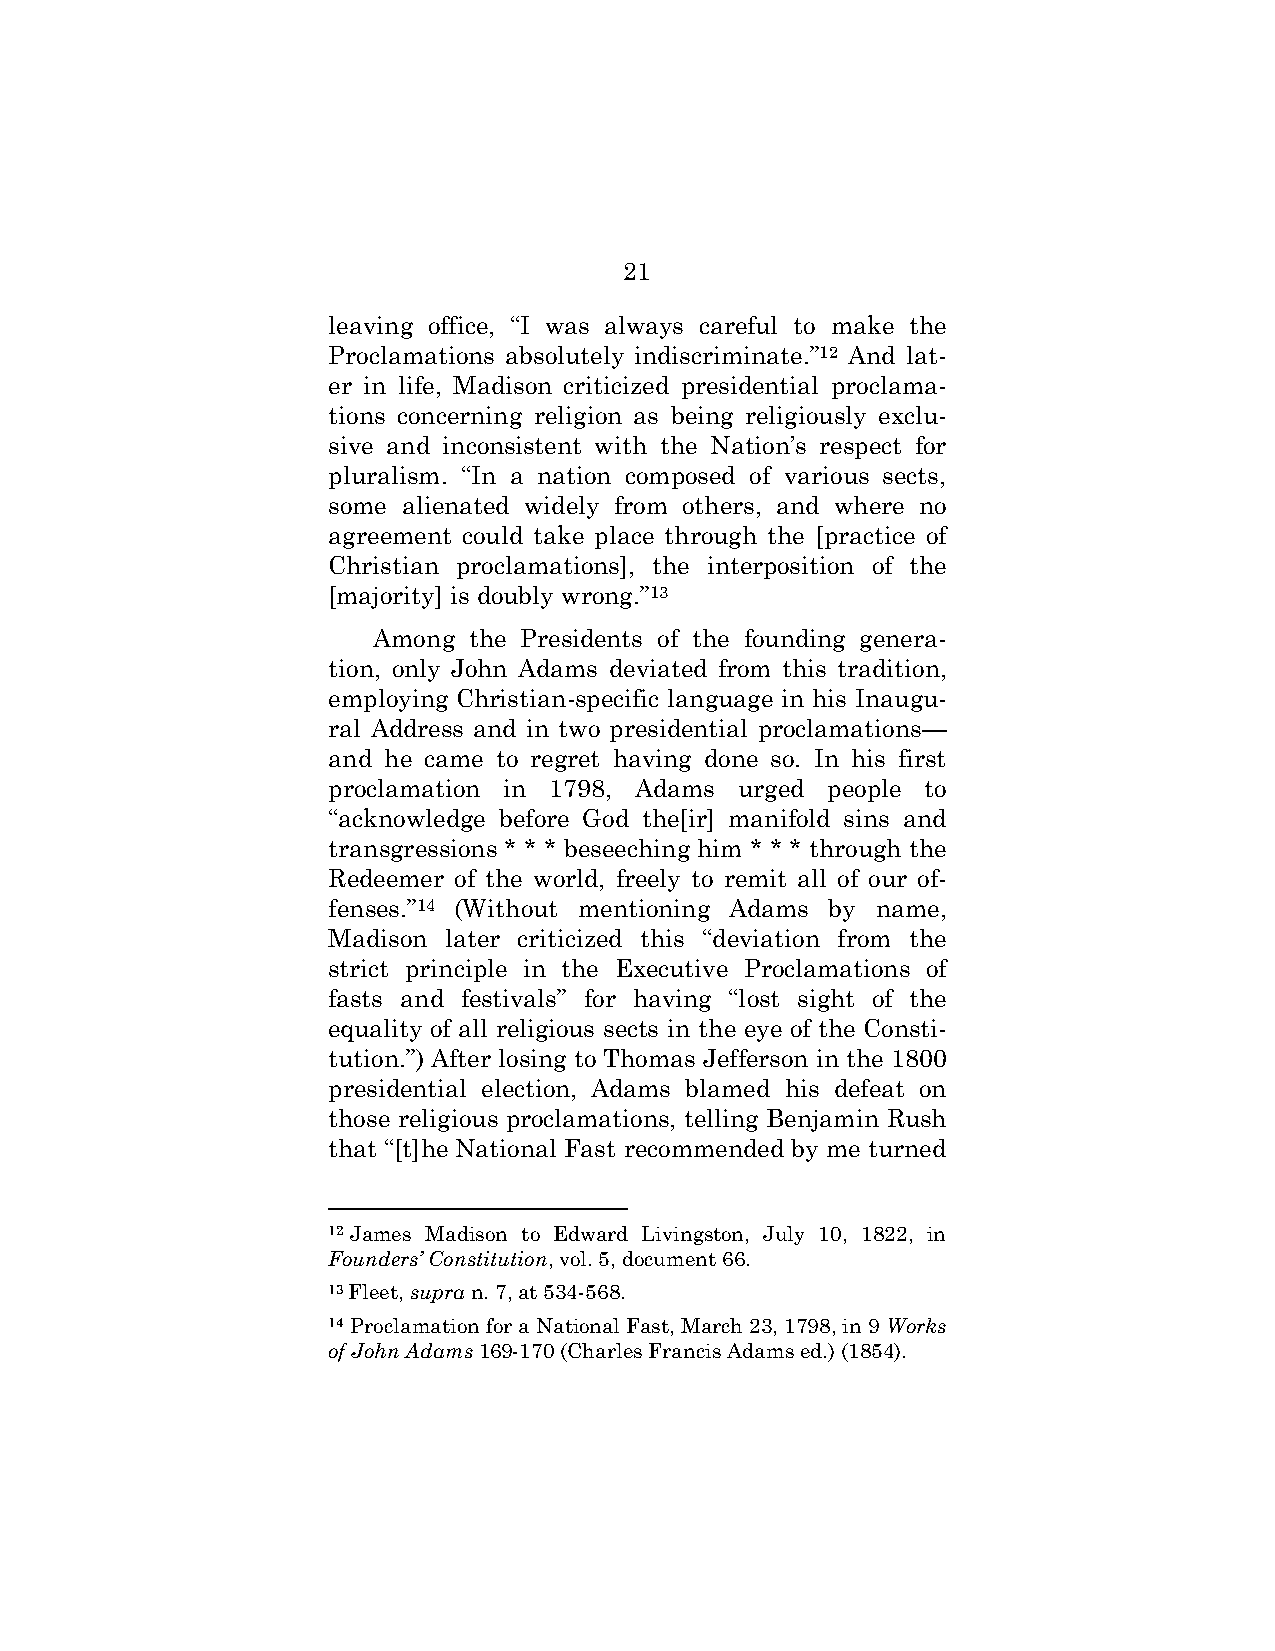
21
 leaving office, “I was always careful to make the
 Proclamations absolutely indiscriminate.”12 And lat-
 er in life, Madison criticized presidential proclama-
 tions concerning religion as being religiously exclu-
 sive and inconsistent with the Nation’s respect for
 pluralism. “In a nation composed of various sects,
 some alienated widely from others, and where no
 agreement could take place through the [practice of
 Christian proclamations], the interposition of the
 [majority] is doubly wrong.”13
 Among the Presidents of the founding genera-
 tion, only John Adams deviated from this tradition,
 employing Christian-specific language in his Inaugu-
 ral Address and in two presidential proclamations—
 and he came to regret having done so. In his first
 proclamation in 1798, Adams urged people to
 “acknowledge before God the[ir] manifold sins and
 transgressions * * * beseeching him * * * through the
 Redeemer of the world, freely to remit all of our of-
 fenses.”14 (Without mentioning Adams by name,
 Madison later criticized this “deviation from the
 strict principle in the Executive Proclamations of
 fasts and festivals” for having “lost sight of the
 equality of all religious sects in the eye of the Consti-
 tution.”) After losing to Thomas Jefferson in the 1800
 presidential election, Adams blamed his defeat on
 those religious proclamations, telling Benjamin Rush
 that “[t]he National Fast recommended by me turned
 12 James Madison to Edward Livingston, July 10, 1822, in
 Founders’ Constitution, vol. 5, document 66.
 13 Fleet, supra n. 7, at 534-568.
 14 Proclamation for a National Fast, March 23, 1798, in 9 Works
 of John Adams 169-170 (Charles Francis Adams ed.) (1854).